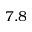
7 . 8